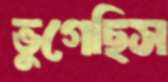
ভুগেছিস